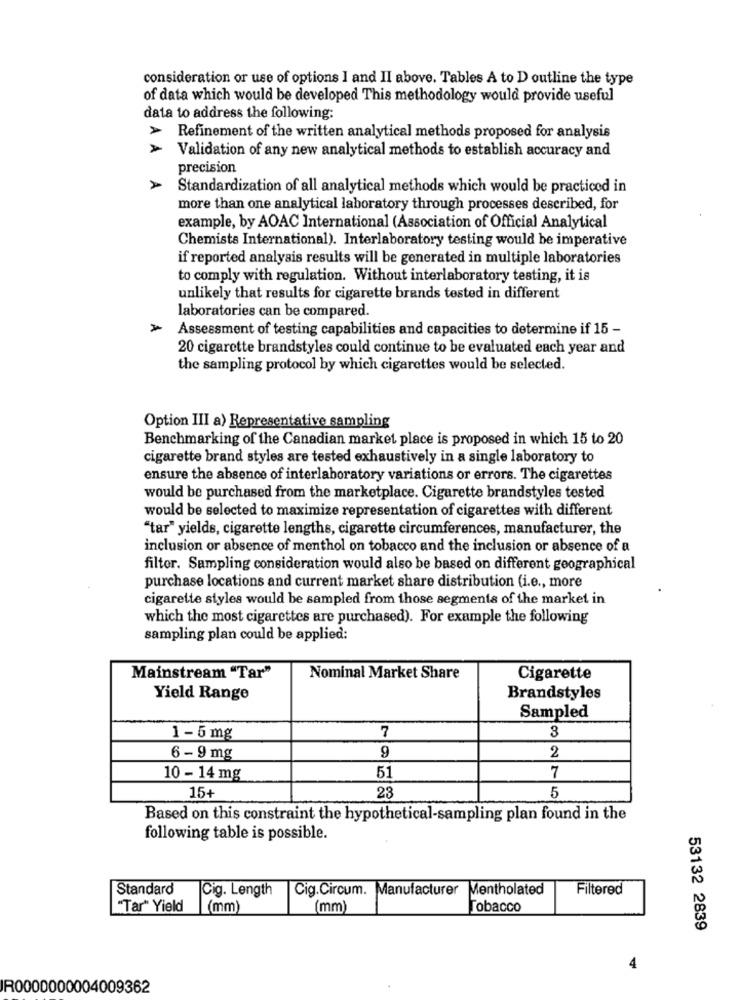
consideration or use of options I and II above. Tables A to D outline the type
of data which would be developed This methodology would provide useful
data to address the following:
Refinement of the written analytical methods proposed for analysis
Validation of any new analytical methods to establish accuracy and
precision
Standardization of all analytical methods which would be practiced in
more than one analytical laboratory through processes described, for
example, by AOAC International (Association of Official Analytical
Chemists International). Interlaboratory testing would be imperative
if reported analysis results will be generated in multiple laboratories
to comply with regulation. Without interlaboratory testing, it is
unlikely that results for cigarette brands tested in different
laboratories can be compared.
Assessment of testing capabilities and capacities to determine if 15 -
20 cigarette brandstyles could continue to be evaluated each year and
the sampling protocol by which cigarettes would be selected.
Option III a> Representative sampling
Benchmarking of the Canadian market place is proposed in which 15 to 20
cigarette brand styles are tested exhaustively in a single laboratory to
ensure the absence of interlaboratory variations or errors. The cigarettes
would be purchased from the marketplace. Cigarette brandstyles tested
would be selected to maximize representation of cigarettes with different
"tar" yields, cigarette lengths, cigarette circumferences, manufacturer, the
inclusion or absence of menthol on tobacco and the inclusion or absence of a
filter. Sampling consideration would also be based on different geographical
purchase locations and current market share distribution (i.e ., more
cigarette styles would be sampled from those segments of the market in
which the most cigarettes are purchased). For example the following
sampling plan could be applied:
Mainstream "Tar"
Nominal Market Share
Cigarette
Yield Range
Brandstyles
Sampled
7
1 - 5 mg
3
9
2
6 - 9 mg
7
10 - 14 mg
51
15+
23
5
Based on this constraint the hypothetical-sampling plan found in the
following table is possible.
Standard
Cig. Length
Cig.Circum. Manufacturer Mentholated
Filtered
"Tar" Yield
(mm)
(mm)
Tobacco
53132 2839
4
R0000000004009362